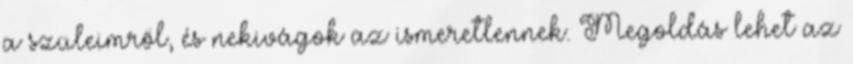
a szüleimről, és nekivágok az ismeretlennek. Megoldás lehet az